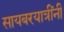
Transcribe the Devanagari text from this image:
सायबरयात्रींनी